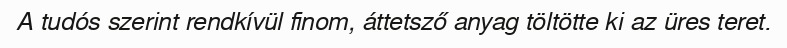
A tudós szerint rendkívül finom, áttetsző anyag töltötte ki az üres teret.